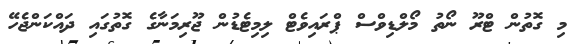
މި ގޮތުން ޓްރޫ ނޯތު މޯލްޑިވްސް ޕްރައިވެޓް ލިމިޓެޑުން ޖޫރިމަނާގެ ގޮތުގައި ދައްކަންޖެހޭ